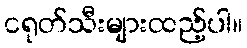
ငရုတ်သီးများထည့်ပါ။